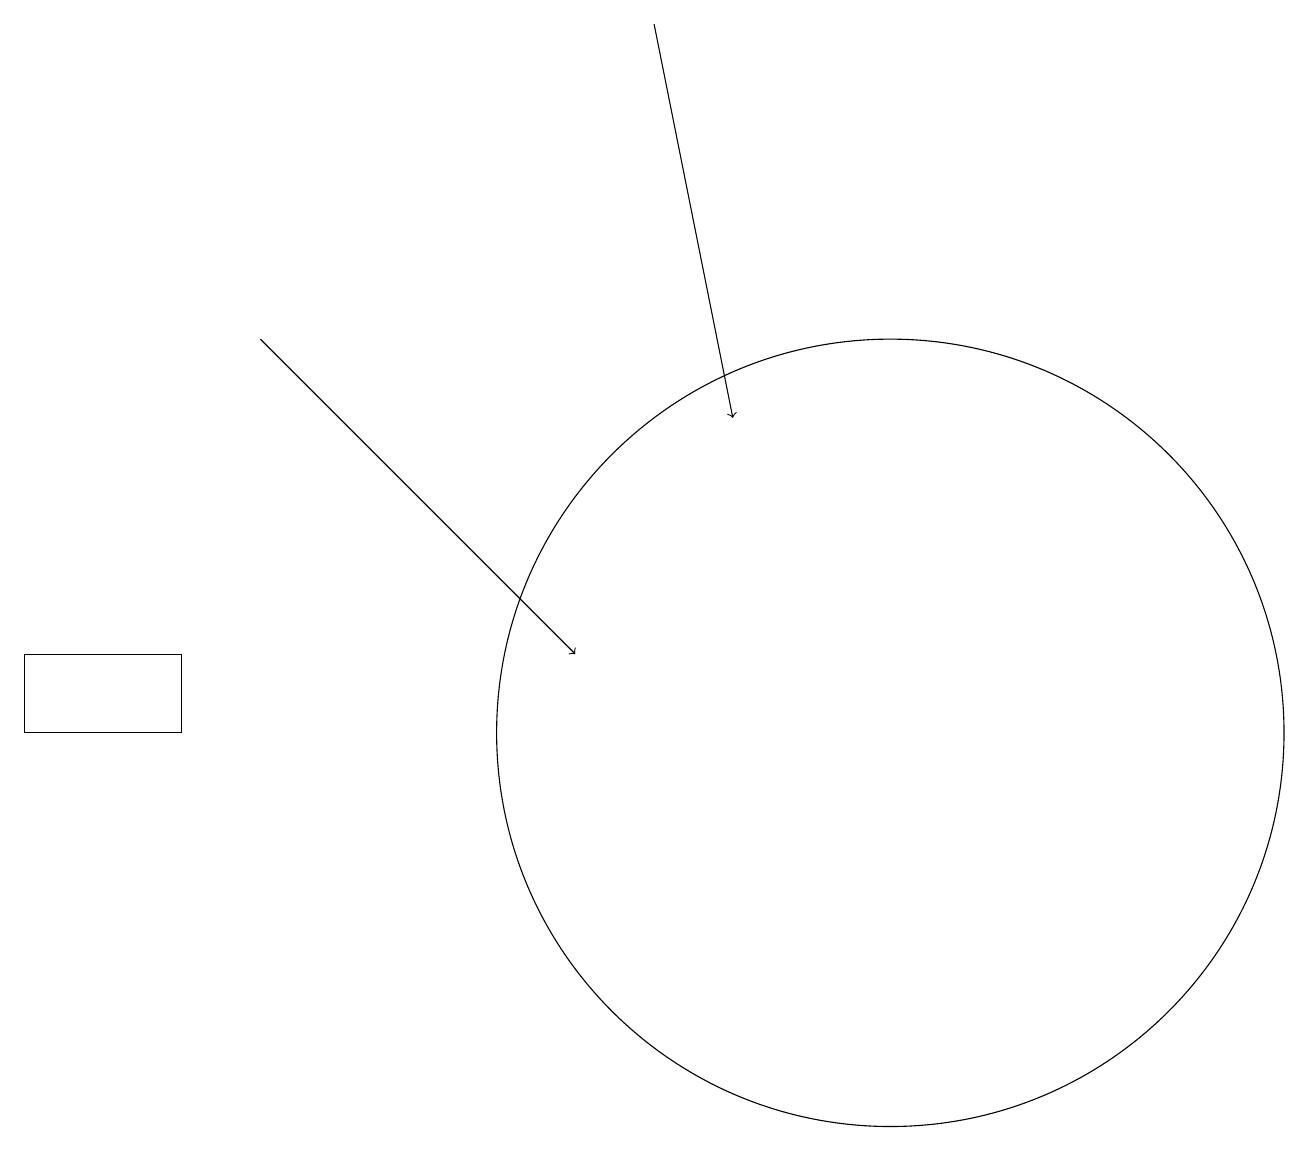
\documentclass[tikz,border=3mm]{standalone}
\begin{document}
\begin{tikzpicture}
\draw[->] (3,15) -- (7,11);
\draw (11,10) circle (5);
\draw[->] (8,19) -- (9,14);
\draw (2,11) rectangle (0,10);
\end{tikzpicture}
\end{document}